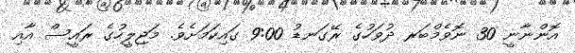
އޮންނާނީ 30 ނޮވެމްބަރ ދުވަހުގެ ރޭގަނޑު 9:00 ގައިކަމަށެވެ. މަޖިލީހުގެ ރައީސް އާއި